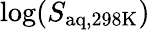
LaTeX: \log(S_{\mathrm{aq,298K}})